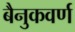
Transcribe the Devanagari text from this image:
बैनुकवर्ण